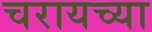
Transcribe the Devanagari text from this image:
चरायच्या